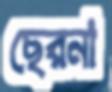
ছেরনা